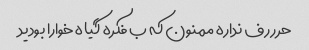
حرررف نداره ممنون که ب فکره گیاه خوارا بودید